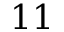
1 1